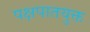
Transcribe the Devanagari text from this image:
पक्षपातयुक्त